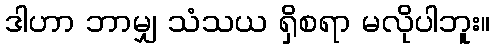
ဒါဟာ ဘာမျှ သံသယ ရှိစရာ မလိုပါဘူး။